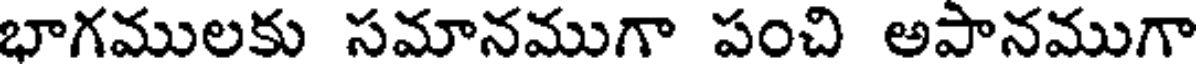
భాగములకు సమానముగా పంచి అపానముగా